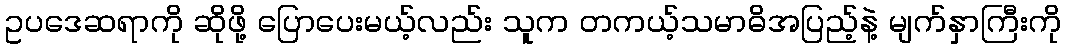
ဥပဒေဆရာကို ဆိုဖို့ ပြောပေးမယ့်လည်း သူက တကယ့်သမာဓိအပြည့်နဲ့ မျက်နှာကြီးကို